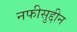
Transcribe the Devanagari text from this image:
नफीसुद्दीन